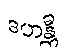
ဒဟန္တီ